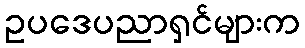
ဥပဒေပညာရှင်များက